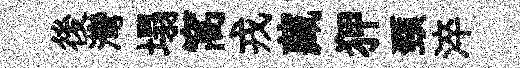
後灣塌窩戎藏狎頸淬